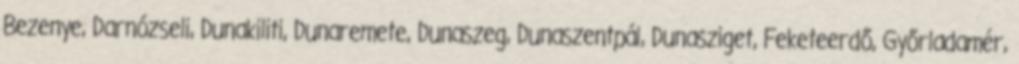
Bezenye, Darnózseli, Dunakiliti, Dunaremete, Dunaszeg, Dunaszentpál, Dunasziget, Feketeerdő, Győrladamér,